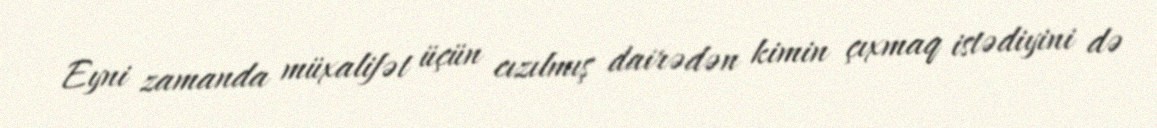
Eyni zamanda müxalifət üçün cızılmış dairədən kimin çıxmaq istədiyini də